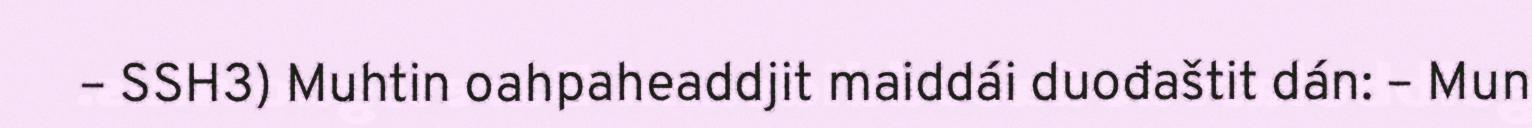
– SSH3) Muhtin oahpaheaddjit maiddái duođaštit dán: – Mun